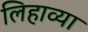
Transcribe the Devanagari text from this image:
लिहाव्या